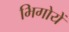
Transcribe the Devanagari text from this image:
भिगोयें